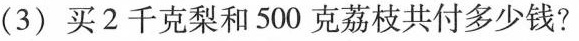
(3)买2千克梨和500克荔枝共付多少钱?